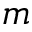
m